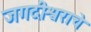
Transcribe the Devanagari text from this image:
जगदीश्वराचे